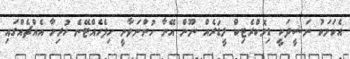
އެކަމަކު ނަޝީދަކީ ޑިމޮކްރެޓިކް ލީޑަރެއް ނޫން އޭނާ ހުންނަވާނީ ހިފެހެއްޓޭނެ ހުރިހާ އެއްޗެއްގައި